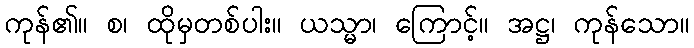
ကုန်၏။ စ၊ ထိုမှတစ်ပါး။ ယသ္မာ၊ ကြောင့်။ အဋ္ဌ၊ ကုန်သော။